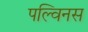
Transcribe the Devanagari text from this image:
पल्विनस